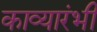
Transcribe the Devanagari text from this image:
काव्यारंभी